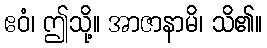
ဧဝံ၊ ဤသို့။ အာဇာနာမိ၊ သိ၏။